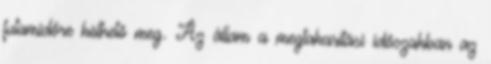
futamidőre köthető meg. Az állam a megtakarítási időszakban az